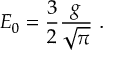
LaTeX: E _ { 0 } = \frac { 3 } { 2 } \frac { g } { \sqrt { \pi } } \ .